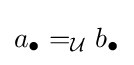
a_{\bullet }=_{\mathcal {U}}b_{\bullet }